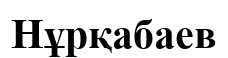
Нұрқабаев